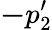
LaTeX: {\mathbf-p_{2}^{\prime}}